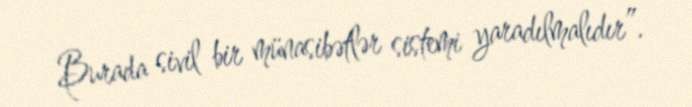
Burada sivil bir münasibətlər sistemi yaradılmalıdır”.